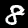
Digit: 8